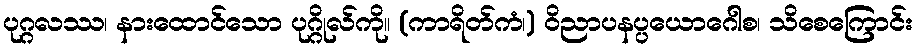
ပုဂ္ဂလဿ၊ နားထောင်သော ပုဂ္ဂိုလ်ကို။ (ကာရိတ်ကံ၊) ဝိညာပနပ္ပယောဂေါစ၊ သိစေကြောင်း